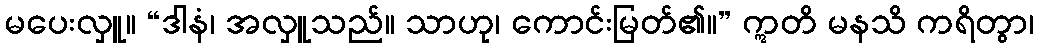
မပေးလှူ။ “ဒါနံ၊ အလှူသည်။ သာဟု၊ ကောင်းမြတ်၏။” ဣတိ မနသိ ကရိတွာ၊